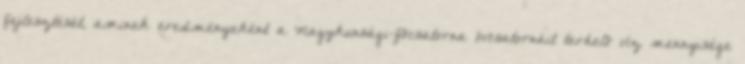
fejlesztését, aminek eredményeként a Nagykunsági-fõcsatorna övcsatornáit terhelõ víz mennyisége